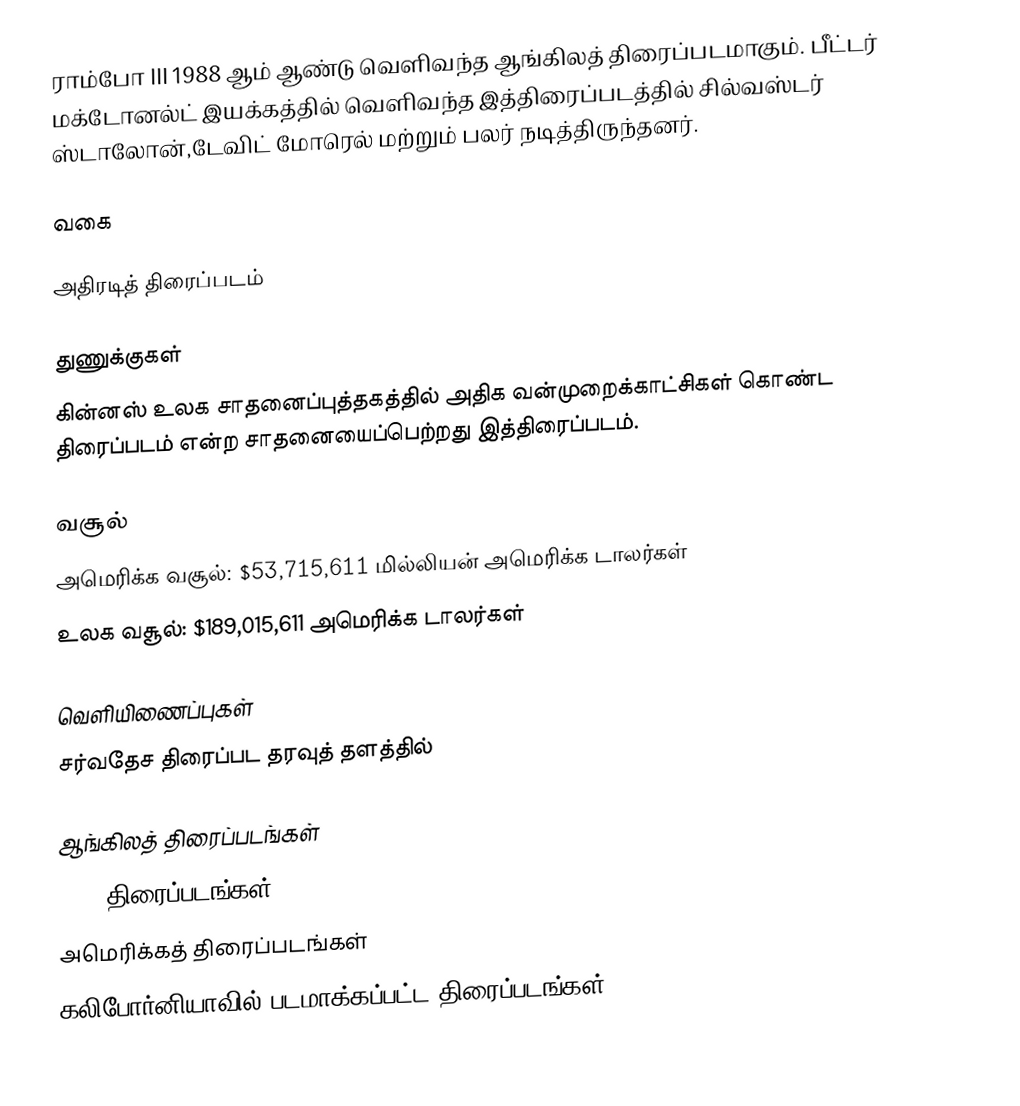
ராம்போ III 1988 ஆம் ஆண்டு வெளிவந்த ஆங்கிலத் திரைப்படமாகும். பீட்டர் மக்டோனல்ட் இயக்கத்தில் வெளிவந்த இத்திரைப்படத்தில் சில்வஸ்டர் ஸ்டாலோன்,டேவிட் மோரெல் மற்றும் பலர் நடித்திருந்தனர்.

வகை

அதிரடித் திரைப்படம்

துணுக்குகள்
 கின்னஸ் உலக சாதனைப்புத்தகத்தில் அதிக வன்முறைக்காட்சிகள் கொண்ட திரைப்படம் என்ற சாதனையைப்பெற்றது இத்திரைப்படம்.

வசூல்
 அமெரிக்க வசூல்: $53,715,611 மில்லியன் அமெரிக்க டாலர்கள்
 உலக வசூல்: $189,015,611 அமெரிக்க டாலர்கள்

வெளியிணைப்புகள்
 சர்வதேச திரைப்பட தரவுத் தளத்தில்

ஆங்கிலத் திரைப்படங்கள்
1988 திரைப்படங்கள்
அமெரிக்கத் திரைப்படங்கள்
கலிபோர்னியாவில் படமாக்கப்பட்ட திரைப்படங்கள்